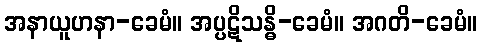
အနာယူဟနာ-ခေမံ။ အပ္ပဋိသန္ဓိ-ခေမံ။ အဂတိ-ခေမံ။